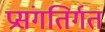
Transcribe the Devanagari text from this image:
प्रसंगतिर्गत